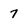
Character: 7